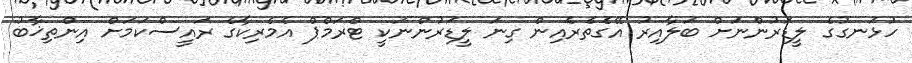
ހުޅަނގުގެ ލީޑަރުންނަށް ބަލާއިރު އޭގެތެރެއިން ގިނަ ލީޑަރުންނަކީ ޓްރަމްޕް އެމެރިކާގެ ރައީސްކަމަށް އިންތިޚާބު